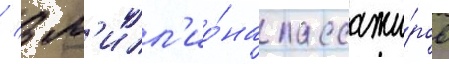
/ 3 м'илл'ио́на пассажи́ров